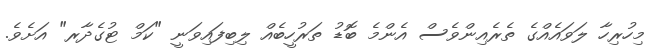
މިހުރިހާ ލަވައެއްގެ ތެރެއިންވެސް އެންމެ ބޮޑު ތަރުހީބެއް ލިބިފައިވަނީ "ކަމް ޓުގެދާރ" އަށެވެ.